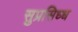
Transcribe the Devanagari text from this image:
सुप्रसिध्‍ध